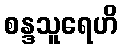
စန္ဒသူရေဟိ